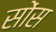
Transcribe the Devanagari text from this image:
सोंस